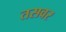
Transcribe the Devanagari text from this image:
तसवर